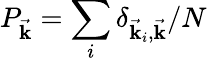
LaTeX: P_{\vec{\mathbf{k}}}=\sum_{i}\delta_{\vec{\mathbf{k}}_{i},\vec{\mathbf{k}}}/N